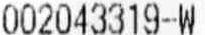
002043319-W